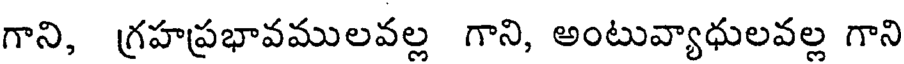
గాని, గ్రహప్రభావములవల్ల గాని, అంటువ్యాధులవల్ల గాని